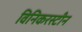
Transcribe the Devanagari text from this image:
विनिकरस्टीन